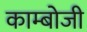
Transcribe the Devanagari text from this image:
काम्बोजी